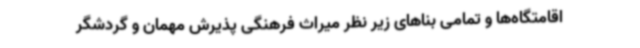
اقامتگاه‌ها و تمامی بناهای زیر نظر میراث فرهنگی پذیرش مهمان و گردشگر